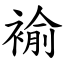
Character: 褕